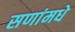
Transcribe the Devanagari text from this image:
सणांमधे